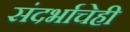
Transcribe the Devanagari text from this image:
संदर्भाचेही